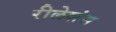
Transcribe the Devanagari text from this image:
रीलेशंस